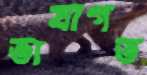
ভাষাগত